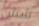
شش